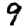
Digit: 9